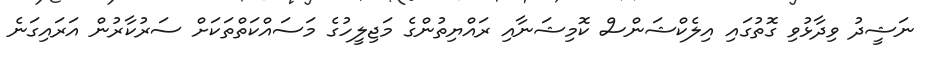
ނަޝީދު ވިދާޅުވި ގޮތުގައި އިލެކްޝަންސް ކޮމިޝަނާއި ރައްޔިތުންގެ މަޖިލީހުގެ މަސައްކަތްތަކަށް ސަރުކާރުން އަރައިގަނެ